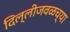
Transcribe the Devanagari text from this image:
दिल्लीजवळच्या